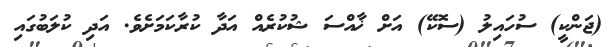
(ޖަންކީ) ސުހައިލު (ސޮކޭ) އަށް ޚާއްސަ ޝުކުރެއް އަދާ ކުރާކަމަށެވެ. އަދި ކުލަބުގައި